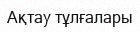
Ақтау тұлғалары